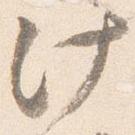
汁